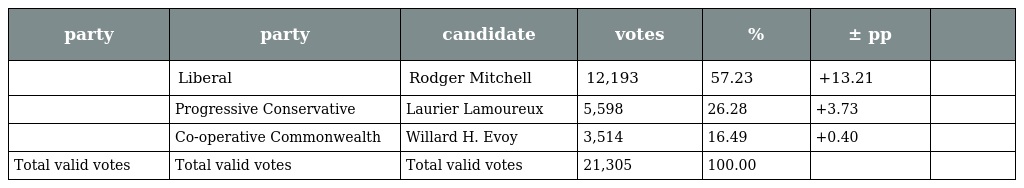
| party | party | candidate | votes | % | ± pp |  |
 | --- | --- | --- | --- | --- | --- | --- |
 |  | Liberal | Rodger Mitchell | 12,193 | 57.23 | +13.21 |  |
 |  | Progressive Conservative | Laurier Lamoureux | 5,598 | 26.28 | +3.73 |  |
 |  | Co-operative Commonwealth | Willard H. Evoy | 3,514 | 16.49 | +0.40 |  |
 | Total valid votes | Total valid votes | Total valid votes | 21,305 | 100.00 |  |  |